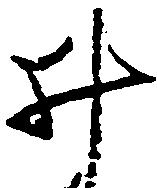
井